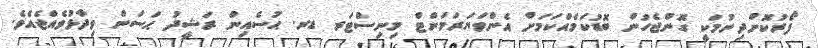
ފޯރުކޮށްދިނުމަކީ ގޮންޖެހުން ބޮޑުކަމެއްކަމަށް އެންވަޔަރަމަންޓް މިނިސްޓަރ ޑރ. ޙުސެއިން ރަޝީދު ޙަސަން ވިދާޅުވެއްޖެއެވެ.